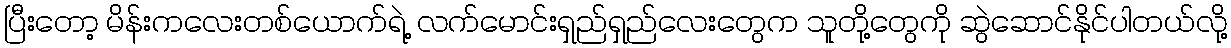
ပြီးတော့ မိန်းကလေးတစ်ယောက်ရဲ့ လက်မောင်းရှည်ရှည်လေးတွေက သူတို့တွေကို ဆွဲဆောင်နိုင်ပါတယ်လို့